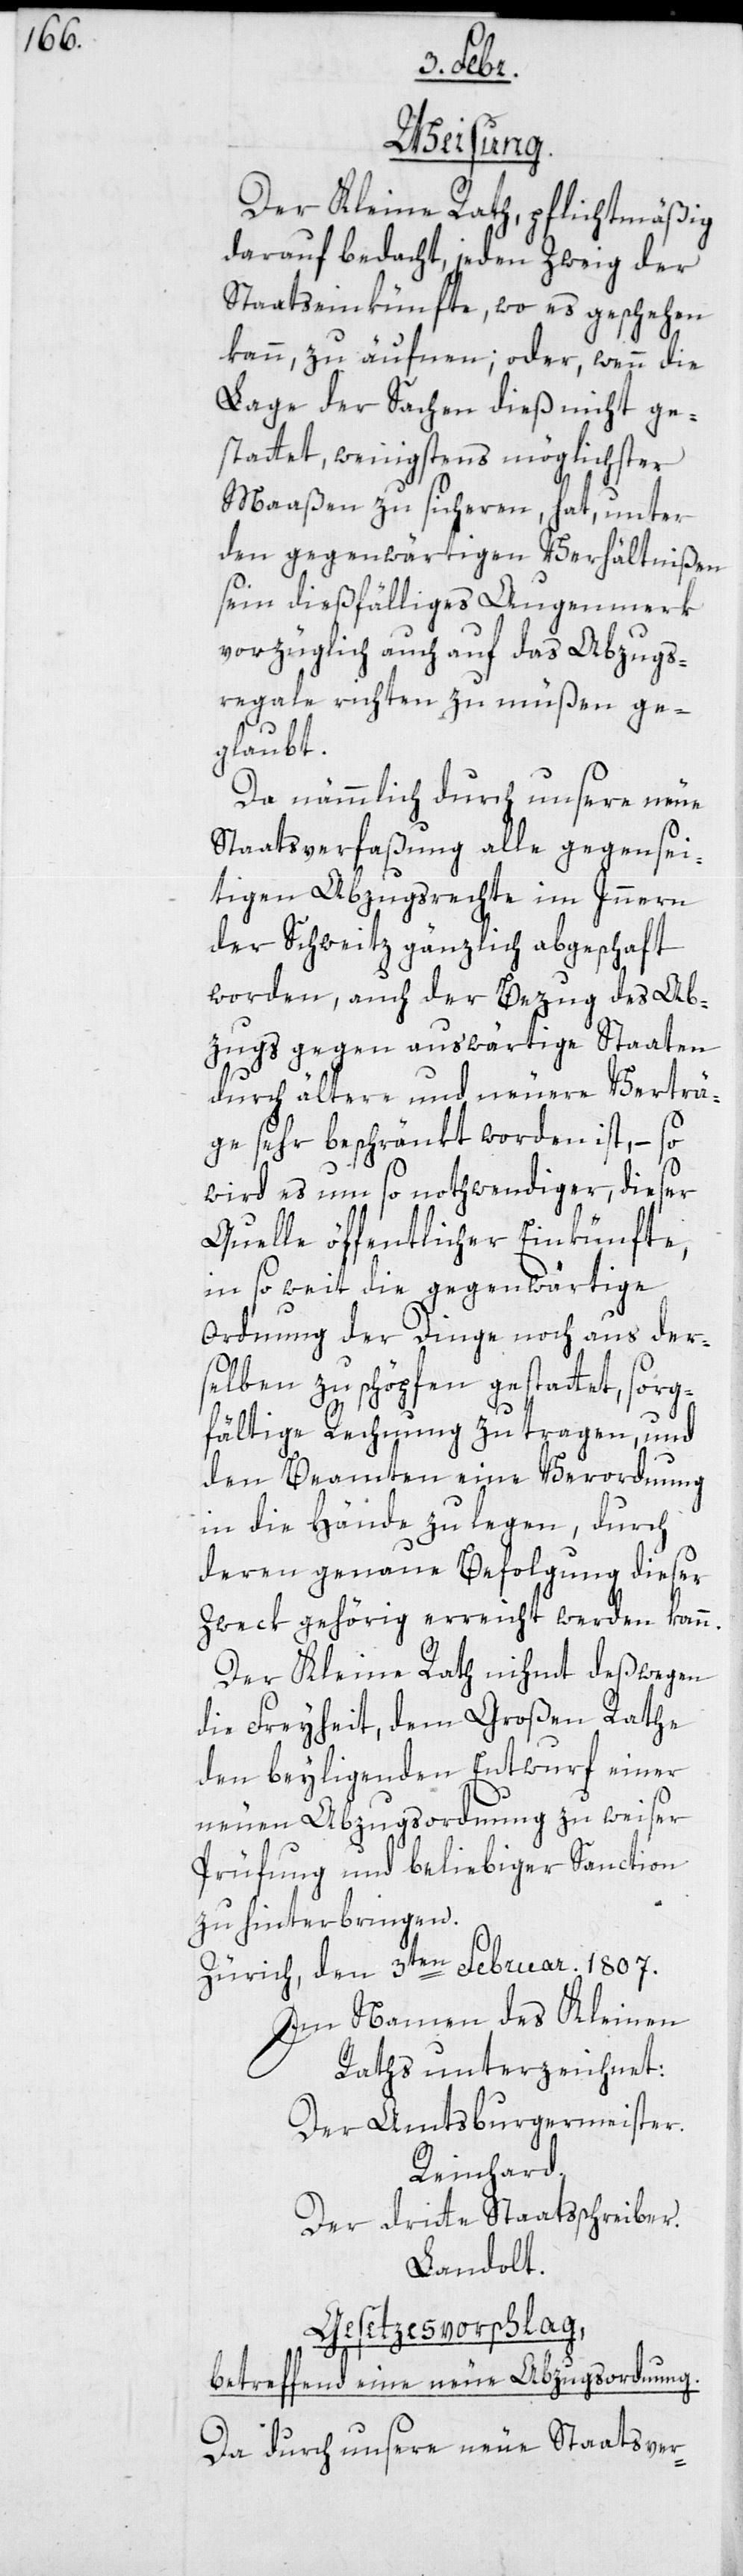
Weisung.
Der Kleine Rath, pflichtmäßig
darauf bedacht, jeden Zweig der
Staatseinkünfte, wo es geschehen
kann, zu äufnen; oder wenn die
Lage der Sachen dieß nicht ge¬
stattet, wenigstens möglichster
Maaßen zu sicheren, hat unter
den gegenwärtigen Verhältnißen
sein dießfälliges Augenmerk
vorzüglich auch auf das Abzugs¬
regale richten zu müßen ge¬
glaubt.
Da nämlich durch unsere neue
Staatsverfaßung alle gegensei¬
tigen Abzugsrechte im Innern
der Schweitz gänzlich abgeschafft
worden, auch der Bezug des Ab¬
zugs gegen auswärtige Staaten
durch ältere und neuere Verträ¬
ge sehr beschränkt worden ist, – so
wird es um so notwendiger, dieser
Quelle öffentlicher Einkünfte,
in so weit die gegenwärtige
Ordnung der Dinge noch aus der¬
selben zu schöpfen gestattet, sorg¬
fältige Rechnung zu tragen und
den Beamten eine Verordnung
in die Hände zu legen, durch
deren genaue Befolgung dieser
Zweck gehörig erreicht werden kann.
Der Kleine Rath nihmt deßwegen
die Freyheit, dem Großen Rathe
den beyliegenden Entwurf einer
neuen Abzugsordnung zu weiser
Prüfung und beliebiger Sanction
zu hinterbringen.
Zürich, den 3ten Februar 1807.
Im Namen des Kleinen
Raths unterzeichnet:
Der Amtsburgermeister
Reinhard.
der dritte Staatßchreiber
Landolt.
Gesetzesvorschlag,
betreffend eine neue Abzugsordnung.
Da durch unsere neue Staatsver-